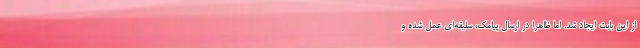
از این بابت ایجاد شد. اما ظاهرا در ارسال پیامک، سلیقه‌ای عمل شده و